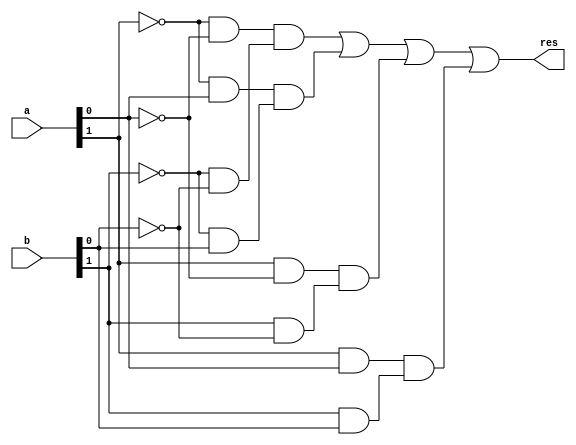
module equal
(
	input wire [1:0] a,b,
	output wire res
);

wire p0,p1,p2,p3;
assign res= p0 | p1 | p2 | p3;

assign p0 = (~a[1] & ~a[0]) & (~b[1] & ~b[0]);
assign p1 = (~a[1] & a[0]) & (~b[1] & b[0]);
assign p2 = (a[1] & ~a[0]) & (b[1] & ~b[0]);
assign p3 = (a[1] & a[0]) & (b[1] & b[0]);

endmodule